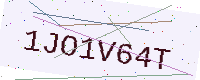
Text: 1JO1V64T